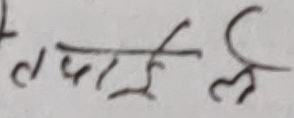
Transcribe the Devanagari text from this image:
तपाईंले